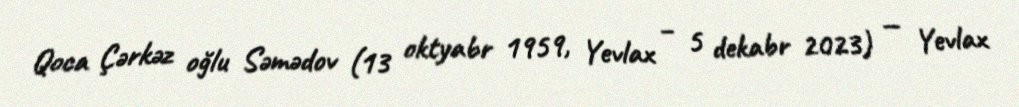
Qoca Çərkəz oğlu Səmədov (13 oktyabr 1959, Yevlax – 5 dekabr 2023) — Yevlax